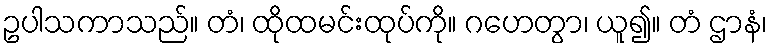
ဥပါသကာသည်။ တံ၊ ထိုထမင်းထုပ်ကို။ ဂဟေတွာ၊ ယူ၍။ တံ ဌာနံ၊